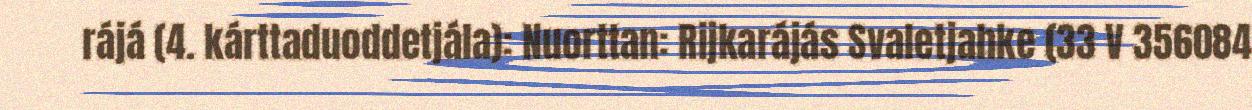
rájá (4. kárttaduoddetjála): Nuorttan: Rijkarájás Svaletjahke (33 V 356084